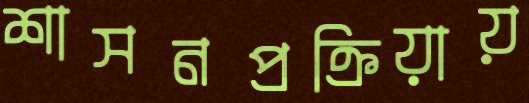
শাসনপ্রক্রিয়ায়